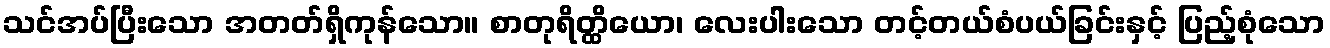
သင်အပ်ပြီးသော အတတ်ရှိကုန်သော။ စာတုရိတ္ထိယော၊ လေးပါးသော တင့်တယ်စံပယ်ခြင်းနှင့် ပြည့်စုံသော